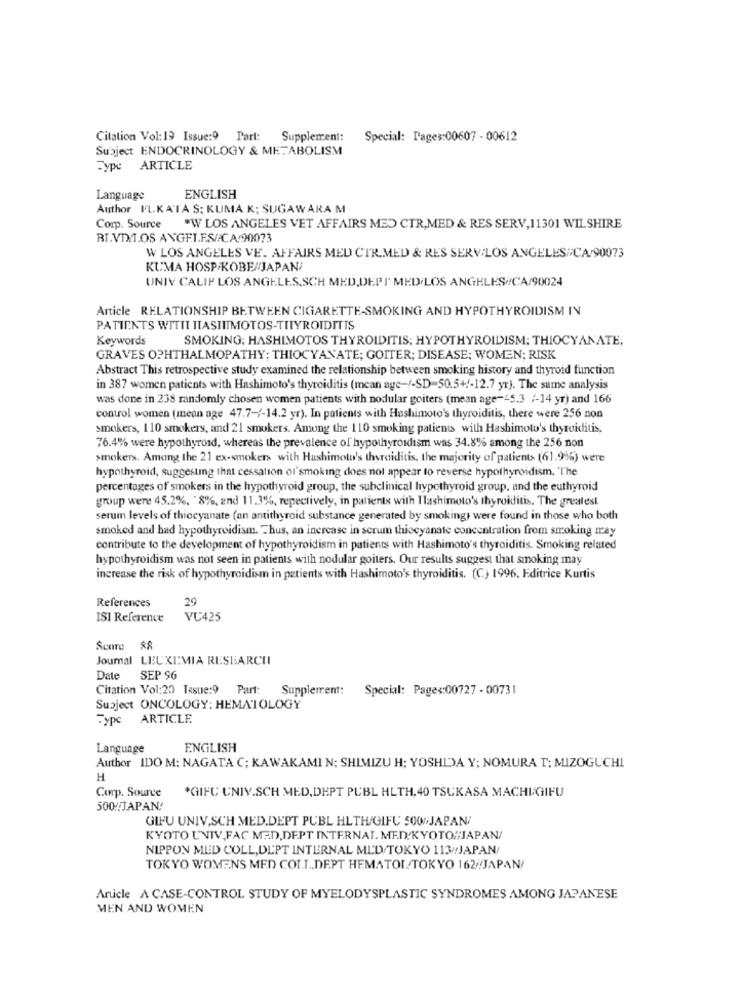
Citation Vol: 19 Issue:9 Parl: Supplement:
Special: Pages:00607 - 00612
Subject ENDOCRINOLOGY & METABOLISM
Fype ARTICLE
Language
ENGLISH
Author ILKATA S; KUMA K; SUGAWARA M
Corp. Source "W LOS ANGELES VET AFFAIRS MED CTR,MED & RES SERV, 11301 WILSHIRE
RI.VI/T.OS ANGEI.F.S//CA/90073
W LOS ANGELES VE. AFFAIRS MED CTR.MED & RES SERVILOS ANGELES CA/90073
KUMA HOSP/KOBE/JAPANI
UNIV CALIF LOS ANGELES,SCH MED,DEPT' MED.LOS ANGELES//CA/90024
Article RELATIONSHIP BETWEEN CIGARETTE-SMOKING AND HYPOTHYROIDISM IN
PATIENTS WITIT ITASITMOTOS-TITYROIDITIS
Keywords
SMOKING; HASHIMOTOS THYROIDITIS: HYPOTHYROIDISM; THIOCYANATE;
GRAVES OPHTHALMOPATHY; THIOCYANATE; GOITER; DISEASE; WOMEN; RISK
Abstract This retrospective study examined the relationship between smoking history and thyroid function
in 387 women patients with Hashimoto's thyroiditis (mean age-/-SD=50.5+/-12.7 yr). The same analysis
was done in 238 randomly chosen women patients with nodular goiters (mean age-45.3 /-14 yr) and 166
control women (mean age 47.7-/-14.2 yr). In patients with Hashimoto's thyroiditis, there were 256 non
smokers, 110 smokers, and 21 smokers. Among the 110 smoking patients with Hashimoto's thyroiditis,
76.4% were hypothyroid, whereas the prevalence of hypothyroidism was 34.8% among the 256 non
smokers. Among the 21 ex-smokers with Hashimoto's thyroiditis, the majority of patients (61.9%) were
hypothyroid, suggesting that cessation ol'smoking does not appear to reverse hypothyroidism, 'The
percentages of smokers in the hypothyroid group, the subclinical hypothyroid group, and the euthyroid
group were 45.2%. 8%, and 11.3%, repectively, in patients with Hashimoto's thyroiditis. The greatest
serum levels of thiocyanate (an antithyroid substance generated by smoking) were found in those who both
smoked and had hypothyroidism. Thus, an increase in serum thiocyanate concentration from smoking may
contribute to the development of hypothyroidism in patients with Hashimoto's thyroiditis. Smoking related
hypothyroidism was not seen in patients with nodular goiters. Our results suggest that smoking may
increase the risk of hypothyroidism in patients with Hashimoto's thyroiditis. (C) 1996. Editrice Kurtis
29
References
ISI Reference
VU425
ScoTO 88
Journal LEU KIMIA RESEARCH
Date SEP 96
Citation Vol:20 Tasue:9 Part: Supplement: Special: Pages:00727 - 00731
Subject ONCOLOGY: HEMATOLOGY
Type ARTICLE.
Language
ENGLISH
Author IDO M: NAGATA C; KAWAKAMI N; SHIMIZU H; YOSHIDA Y; NOMURA T: MIZOGUCHI
H
Corp. Source
*GIFU UNIV.SCH MED,DEPT PUBL HLTH, 40 TSUKASA MACHI-GIFU
500/JAPAN,
GIFU UNIV,SCH MED,DEPT PUBL HLTH/GIFU 500/JAPAN;
KYOTO UNIV,FAC MED,DEPT INTERNAL. MED/KYOTO/JAPAN/
NIPPON MED COLL,DEPT INTERNAL MLD/TOKYO 113/JAPAN/
TOKYO WOMENS MED COLL .. DEPT HEMATOI TOKYO 162//JAPAN/
Arucle A CASE-CONTROL STUDY OF MYELODYSPLASTIC SYNDROMES AMONG JAPANESE
MEN AND WOMEN